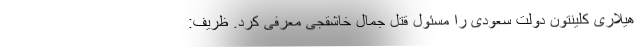
هیلاری کلینتون دولت سعودی را مسئول قتل جمال خاشقجی معرفی کرد. ظریف: